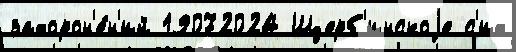
захорон'е́н'ий 19072024 Щерб'инскоjе с'их